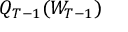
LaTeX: Q _ { T - 1 } ( W _ { T - 1 } )